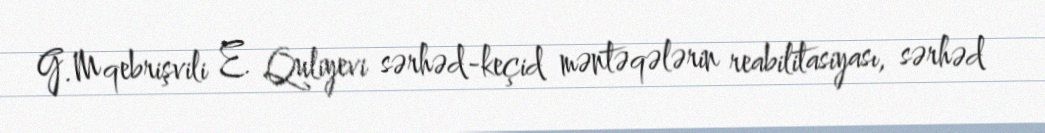
G.Mqebrişvili E. Quliyevi sərhəd-keçid məntəqələrin reabilitasiyası, sərhəd